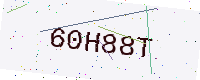
Text: 60H88T